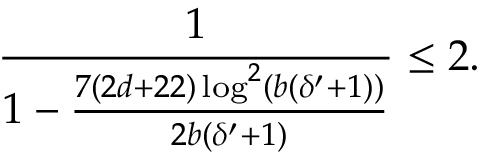
\frac { 1 } { 1 - \frac { 7 ( 2 d + 2 2 ) \log ^ { 2 } ( b ( \delta ^ { \prime } + 1 ) ) } { 2 b ( \delta ^ { \prime } + 1 ) } } \leq 2 .